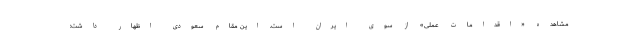
مشاهده «اقدامات عملی» از سوی ایران است. این مقام سعودی اظهار داشت: